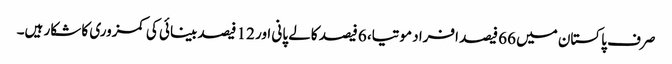
صرف پاکستان میں 66 فیصد افراد موتیا، 6 فیصد کالے پانی اور 12 فیصد بینائی کی کمزوری کا شکار ہیں۔